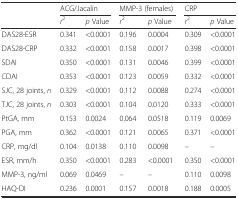
| <ROWSPAN=2>  | <COLSPAN=2> ACG/Jacalin | <COLSPAN=2> MMP-3 (females) | <COLSPAN=2> CRP |
 | r2 | p Value | r2 | p Value | r2 | p Value |
 | --- | --- | --- | --- | --- | --- | --- |
 | DAS28-ESR | 0.341 | <0.0001 | 0.196 | 0.0004 | 0.309 | <0.0001 |
 | DAS28-CRP | 0.332 | <0.0001 | 0.158 | 0.0017 | 0.398 | <0.0001 |
 | SDAI | 0.350 | <0.0001 | 0.131 | 0.0046 | 0.399 | <0.0001 |
 | CDAI | 0.353 | <0.0001 | 0.123 | 0.0059 | 0.332 | <0.0001 |
 | SJC, 28 joints, n | 0.329 | <0.0001 | 0.112 | 0.0088 | 0.274 | <0.0001 |
 | TJC, 28 joints, n | 0.303 | <0.0001 | 0.104 | 0.0120 | 0.333 | <0.0001 |
 | PtGA, mm | 0.153 | 0.0024 | 0.064 | 0.0518 | 0.119 | 0.0069 |
 | PGA, mm | 0.362 | <0.0001 | 0.121 | 0.0065 | 0.371 | <0.0001 |
 | CRP, mg/dl | 0.104 | 0.0138 | 0.110 | 0.0098 | – | – |
 | ESR, mm/h | 0.350 | <0.0001 | 0.283 | <0.0001 | 0.350 | <0.0001 |
 | MMP-3, ng/ml | 0.069 | 0.0469 | – | – | 0.110 | 0.0098 |
 | HAQ-DI | 0.236 | 0.0001 | 0.157 | 0.0018 | 0.188 | 0.0005 |